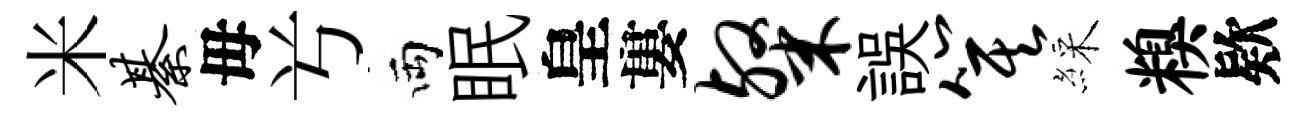
米綦毋𠔃両眠皇婁粲誤箕綵糗欵